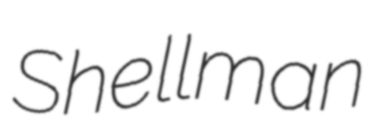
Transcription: Shellman